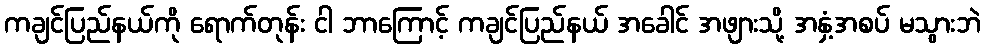
ကချင်ပြည်နယ်ကို ရောက်တုန်း ငါ ဘာကြောင့် ကချင်ပြည်နယ် အခေါင် အဖျားသို့ အနှံ့အစပ် မသွားဘဲ